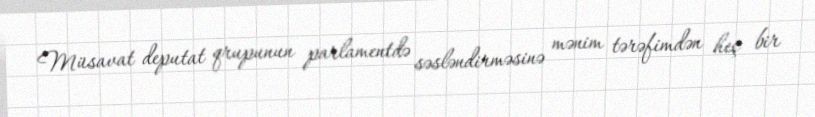
Müsavat deputat qrupunun parlamentdə səsləndirməsinə mənim tərəfimdən heç bir